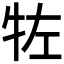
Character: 𰠯